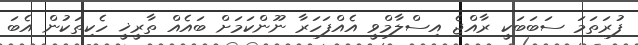
ފުރަތަމަ ސަބަބަކީ ރާއްޖެ އިސްލާމްވީ އެއްފަހަރާ ނޫންކަމަށް ބައެއް ތާރީޚީ ހެކިތަކުން އެބަ